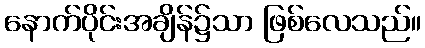
နောက်ပိုင်းအချိန်၌သာ ဖြစ်လေသည်။